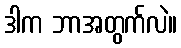
ဒါက ဘာအတွက်လဲ။